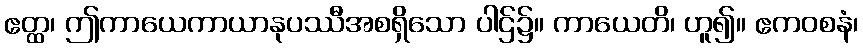
ဧတ္ထ၊ ဤကာယေကာယာနုပဿီအစရှိသော ပါဌ်၌။ ကာယေတိ၊ ဟူ၍။ ဧကဝစနံ၊